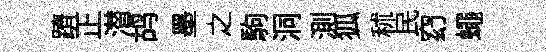
躋正潜鸪墨之駒洞測狐秫民𥥆蠅